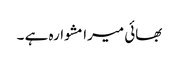
بھائی میرا مشوارہ ہے ۔